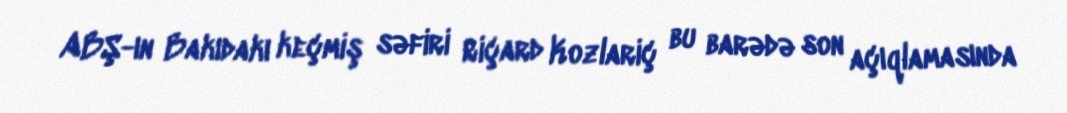
ABŞ-ın Bakıdakı keçmiş səfiri Riçard Kozlariç bu barədə son açıqlamasında